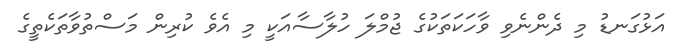
އަޅުގަނޑު މި ދެންނެވި ވާހަކަތަކުގެ ޖުމްލަ ހުލާސާއަކީ މި އެވެ ކުރިން މަސްތުވާތަކެތީގެ